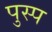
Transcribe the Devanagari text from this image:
पुस्प